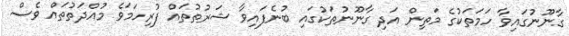
ގާނޫނުގައިވާ ހަމަތަކުގެ މަތިން އަދި ގާނޫނުތަކުގައި ބުނެފައިވާ ޝަރުތުތައް ފުރިހަމަވެ މުއްދަތުތައް ވެސް